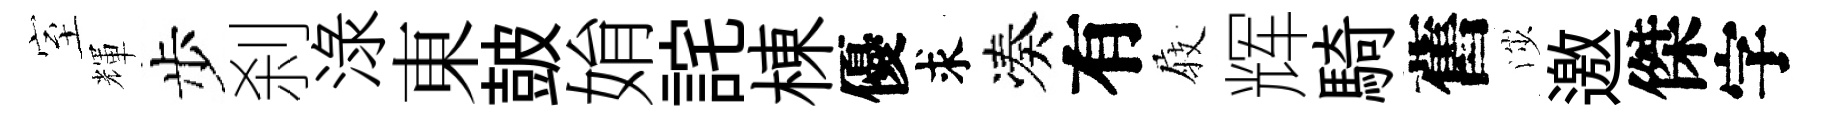
室輝步刹渌東皷姢詫棟優求凑有𡲆辉騎舊渉邀傑字